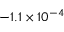
- 1 . 1 \times 1 0 ^ { - 4 }